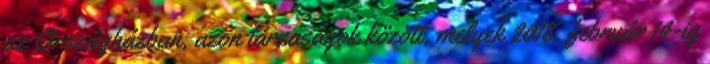
az Országházban, azon társaságok között, melyek 2018. február 14-ig